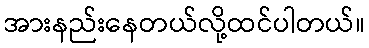
အားနည်းနေတယ်လို့ထင်ပါတယ်။